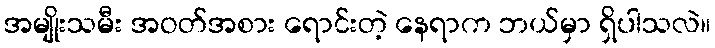
အမျိုးသမီး အဝတ်အစား ရောင်းတဲ့ နေရာက ဘယ်မှာ ရှိပါသလဲ။